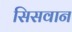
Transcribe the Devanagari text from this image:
सिसवान